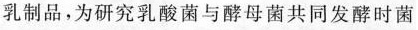
乳制品，为研究乳酸菌与酵母菌共同发酵时菌